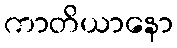
ကာတိယာနော